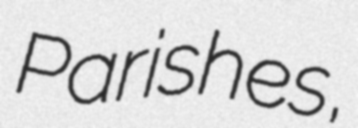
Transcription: Parishes,